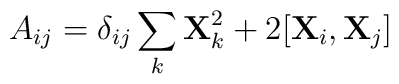
A_{ij} = \delta_{ij} \sum_k {\bf X}_k^2 + 2 [ {\bf X}_i, {\bf X}_j]